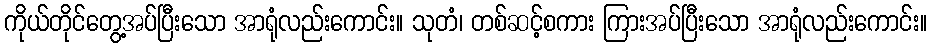
ကိုယ်တိုင်တွေ့အပ်ပြီးသော အာရုံလည်းကောင်း။ သုတံ၊ တစ်ဆင့်စကား ကြားအပ်ပြီးသော အာရုံလည်းကောင်း။